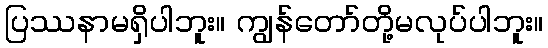
ပြဿနာမရှိပါဘူး။ ကျွန်တော်တို့မလုပ်ပါဘူး။